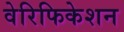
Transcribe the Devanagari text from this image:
वेरिफिकेशन